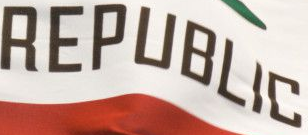
REPUBLIC